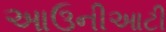
આઉનીઆટી